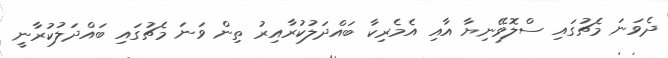
ދެވަނަ މެޗުގައި ސްލޮވޭނިޔާ އާއި އެމެރިކާ ބައްދަލުކުރާއިރު ތިން ވަނަ މެޗުގައި ބައްދަލުކުރާނީ